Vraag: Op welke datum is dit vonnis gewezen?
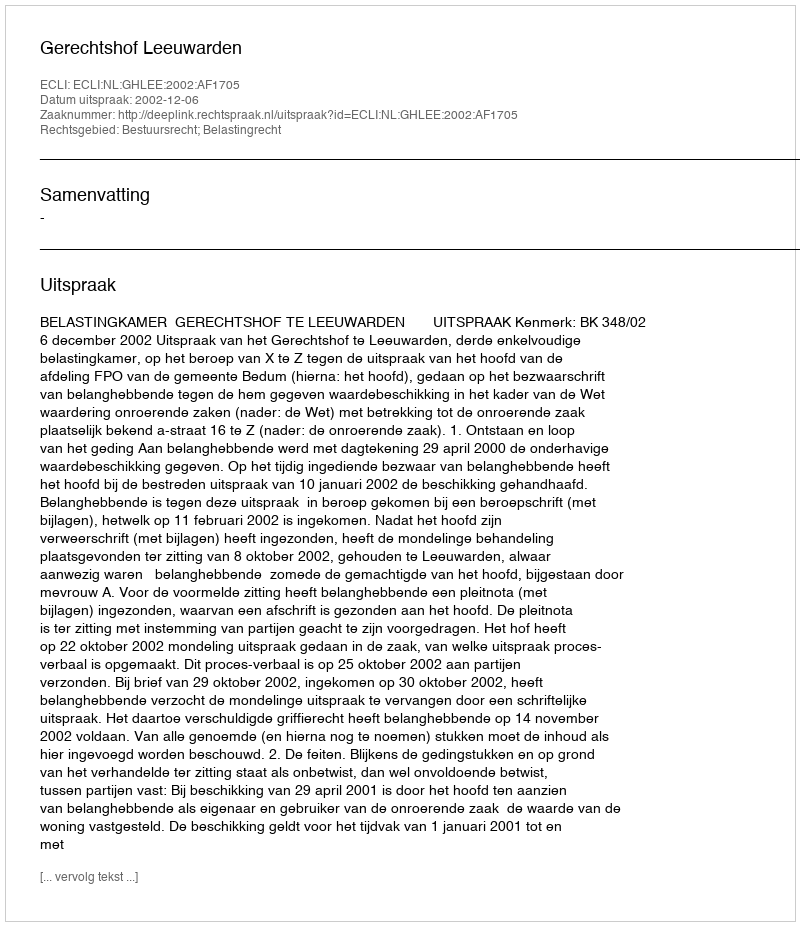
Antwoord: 2002-12-06